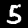
Digit: 5